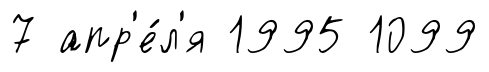
7 апр'е́л'я 1995 1099